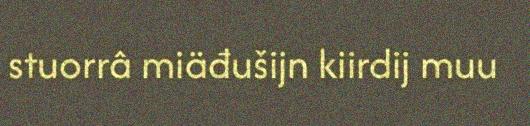
stuorrâ miäđušijn kiirdij muu